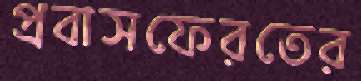
প্রবাসফেরতের